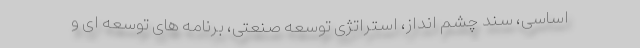
اساسی، سند چشم انداز، استراتژی توسعه صنعتی، برنامه های توسعه ای و